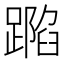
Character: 𨄽